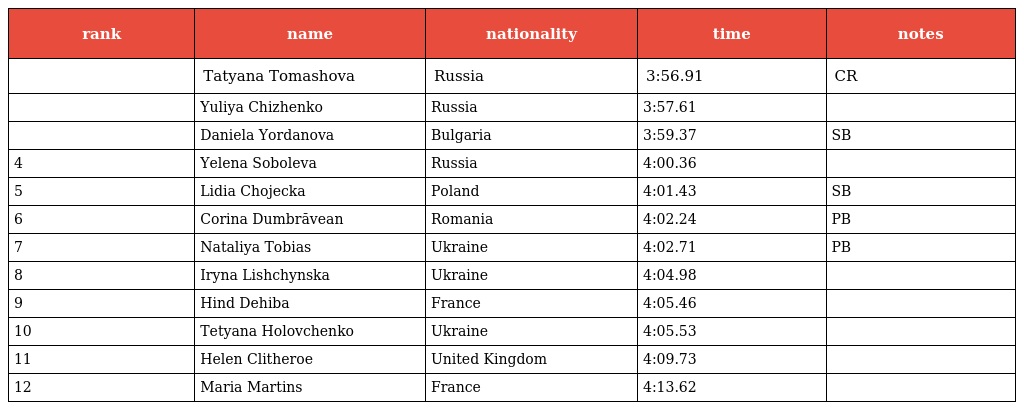
| rank | name | nationality | time | notes |
 | --- | --- | --- | --- | --- |
 |  | Tatyana Tomashova | Russia | 3:56.91 | CR |
 |  | Yuliya Chizhenko | Russia | 3:57.61 |  |
 |  | Daniela Yordanova | Bulgaria | 3:59.37 | SB |
 | 4 | Yelena Soboleva | Russia | 4:00.36 |  |
 | 5 | Lidia Chojecka | Poland | 4:01.43 | SB |
 | 6 | Corina Dumbrăvean | Romania | 4:02.24 | PB |
 | 7 | Nataliya Tobias | Ukraine | 4:02.71 | PB |
 | 8 | Iryna Lishchynska | Ukraine | 4:04.98 |  |
 | 9 | Hind Dehiba | France | 4:05.46 |  |
 | 10 | Tetyana Holovchenko | Ukraine | 4:05.53 |  |
 | 11 | Helen Clitheroe | United Kingdom | 4:09.73 |  |
 | 12 | Maria Martins | France | 4:13.62 |  |